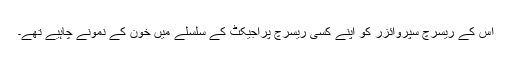
اس کے ریسرچ سپروائزر کو اپنے کسی ریسرچ پراجیکٹ کے سلسلے میں خون کے نمونے چاہیے تھے۔